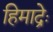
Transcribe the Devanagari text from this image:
हिमाद्रेः